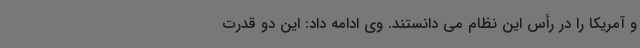
و آمریکا را در رأس این نظام می دانستند. وی ادامه داد: این دو قدرت